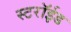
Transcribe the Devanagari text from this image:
स्टरॉईड